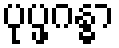
ပုပ္ဖဂန္ဓာ